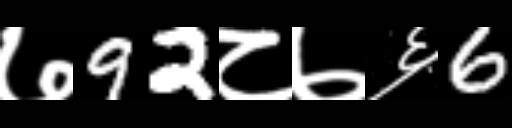
Text: ७92८७६6